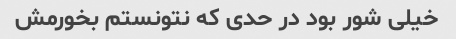
خیلی شور بود در حدی که نتونستم بخورمش